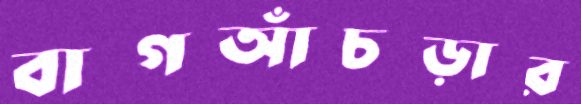
বাগআঁচড়ার